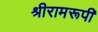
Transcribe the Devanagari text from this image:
श्रीरामरूपी